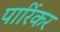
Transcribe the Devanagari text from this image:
पार्रिकर